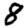
Digit: 8